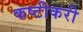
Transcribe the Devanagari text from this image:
कष्टीकरी